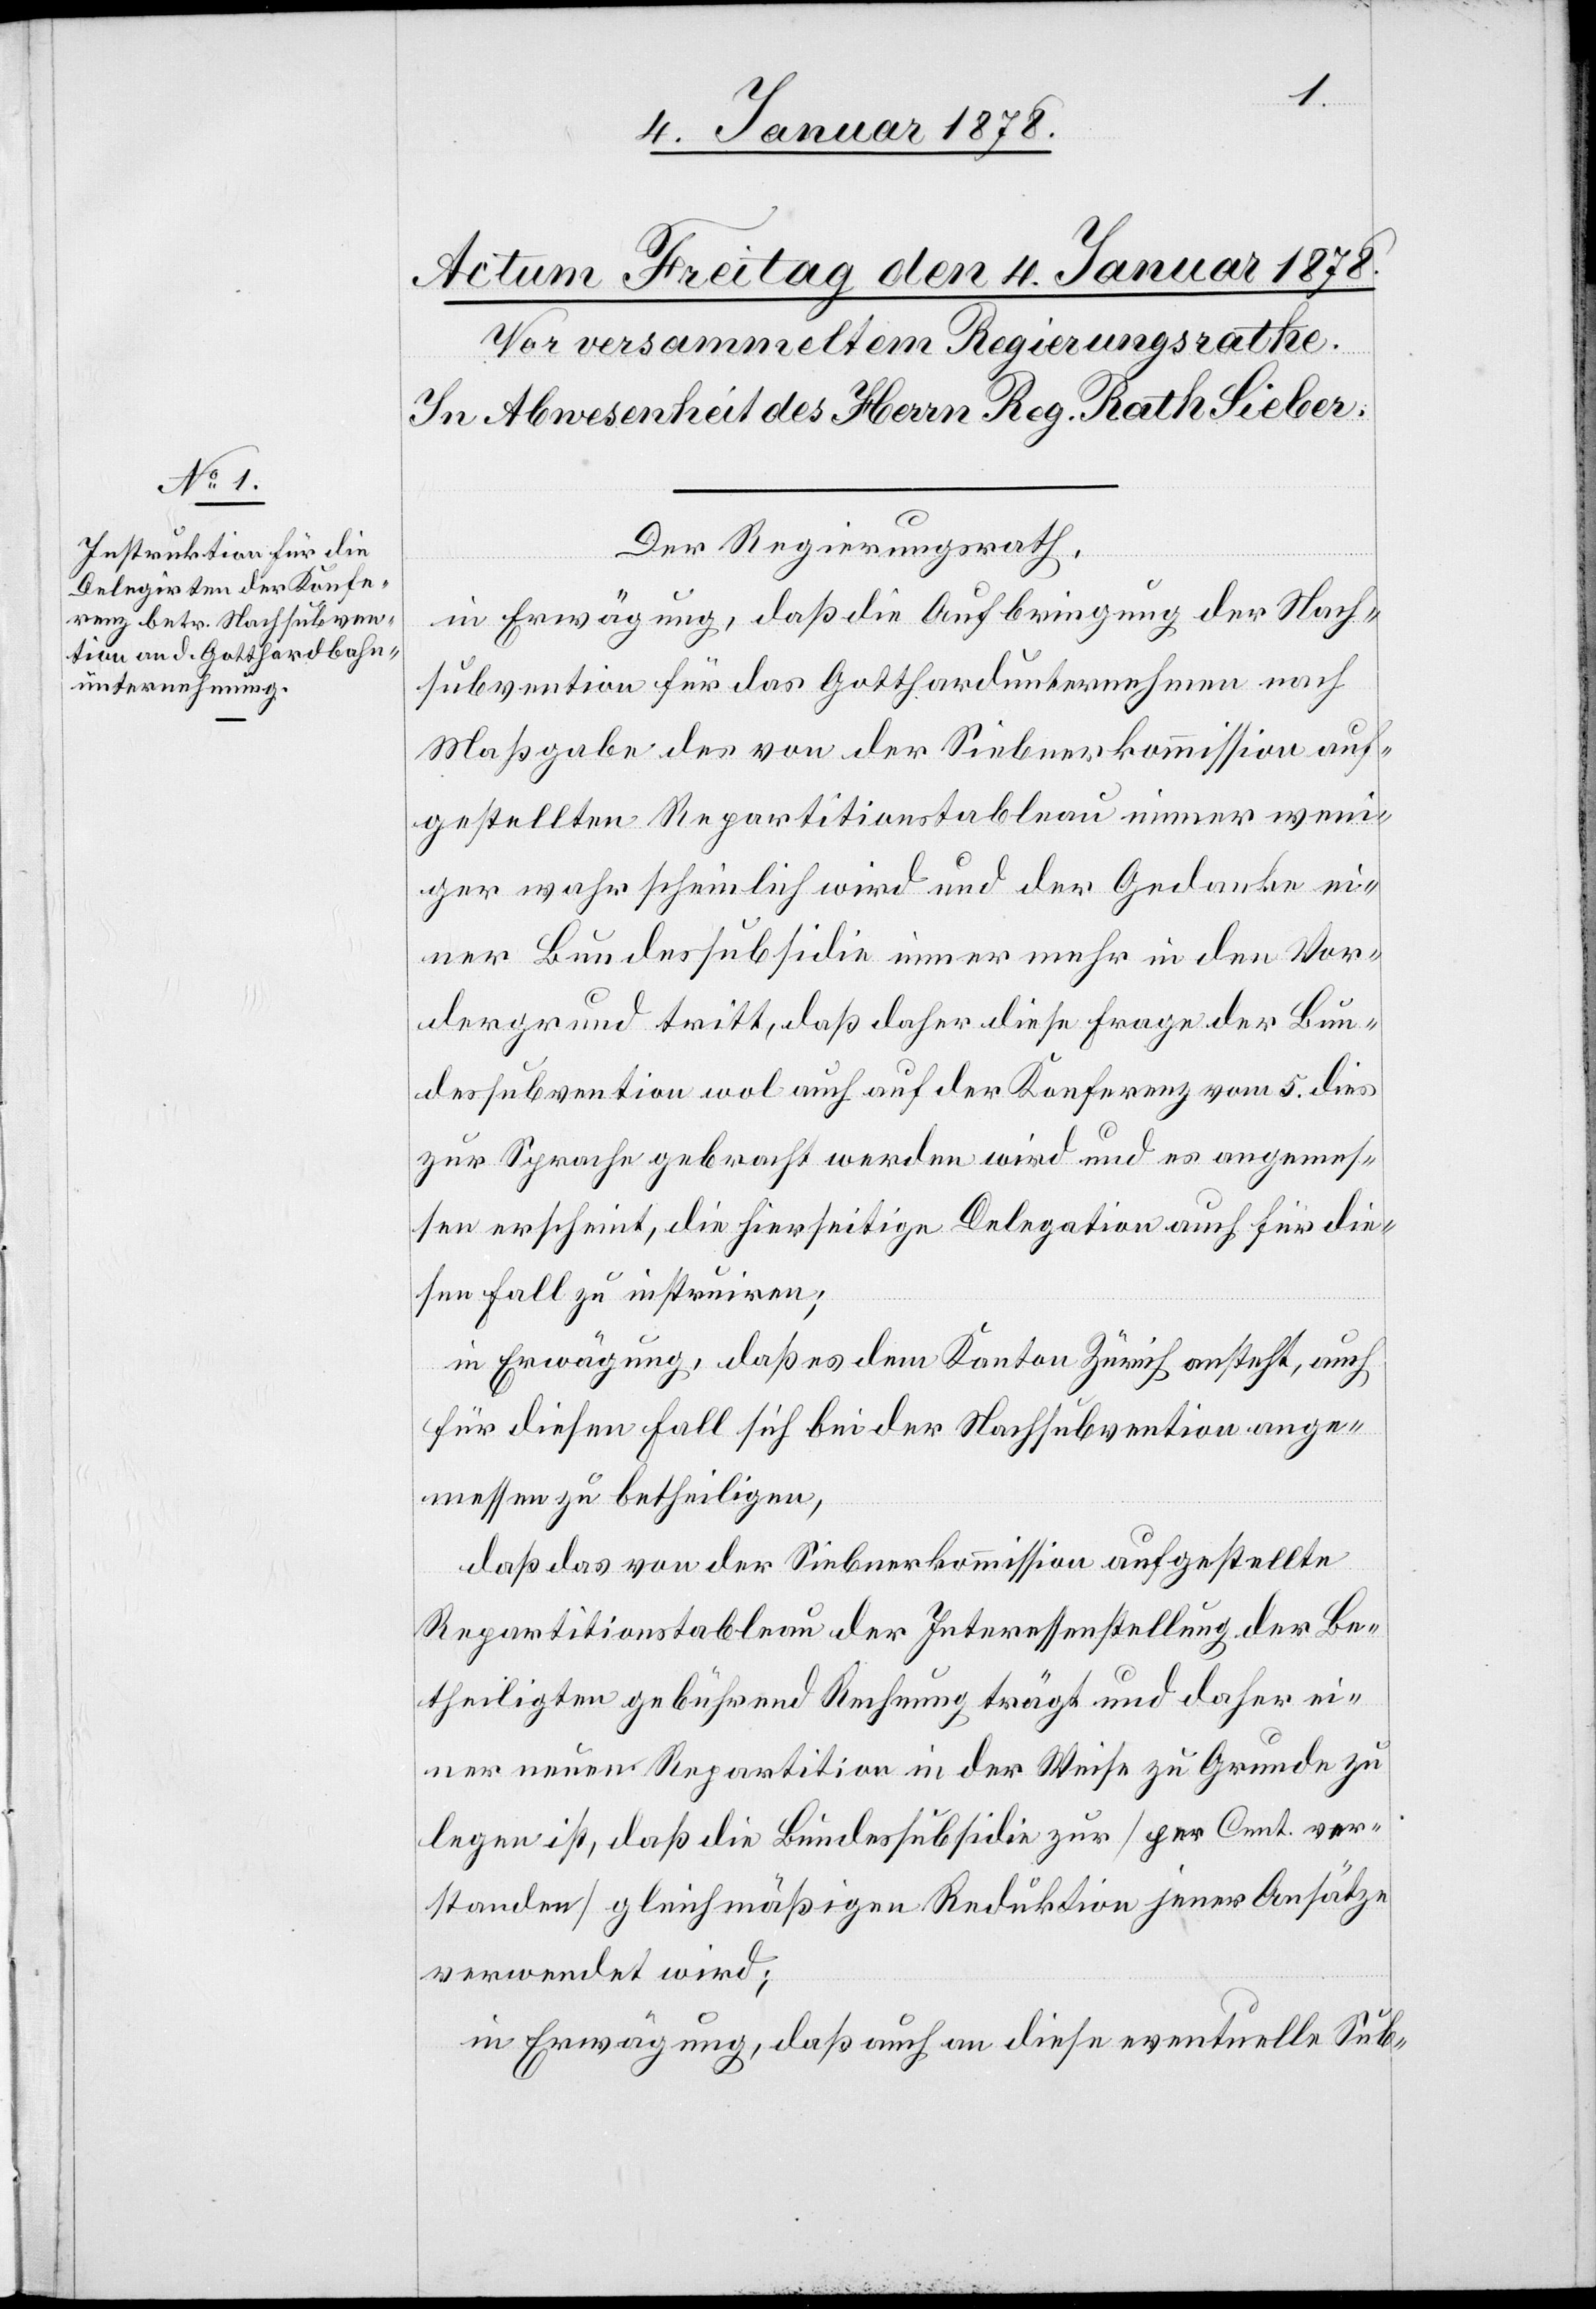
Der Regierungsrath,
in Erwägung, daß die Aufbringung der Nach¬
subvention für das Gotthardunternehmen nach
Maßgabe des von der Siebnerkommission auf¬
gestellten Repartitionstableau immer weni¬
ger wahrscheinlich wird und der Gedanke ei¬
ner Bundessubsidie immer mehr in den Vor¬
dergrund tritt, daß daher diese Frage der Bun¬
dessubvention wol auch auf der Konferenz vom 5 dies
zur Sprache gebracht werden wird und es angemes¬
sen erscheint, die hierseitige Delegation auch für die¬
in Erwägung, daß es dem Kanton Zürich ansteht, auch
für diesen Fall sich bei der Nachsubvention ange¬
messen zu betheiligen,
daß das von der Siebnerkommission aufgestellte
Repartitionstableau der Interessenstellung der Be¬
theiligten gebührend Rechnung trägt und daher ei¬
ner neuen Repartition in der Weise zu Grunde zu
legen ist, daß die Bundessubsidie zur [per Cent ver¬
standen] gleichmäßigen Reduktion jener Ansätze
verwendet wird;
in Erwägung, daß auch an diese eventuelle Sub-

instruiren;